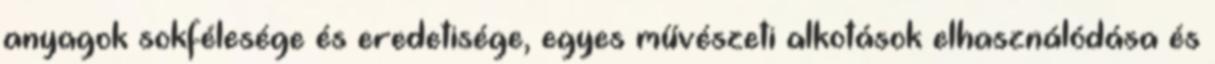
anyagok sokfélesége és eredetisége, egyes művészeti alkotások elhasználódása és